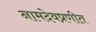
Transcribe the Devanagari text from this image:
नामदेवप्रणीत